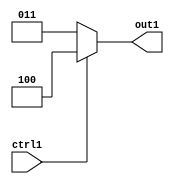
`timescale 1ps / 1ps
/*****************************************************************************
    Verilog RTL Description
    
    
    Created by: Stratus DpOpt 2019.1.01 
*******************************************************************************/

module dut_Muxn4i3u1_4 (
	ctrl1,
	out1
	); /* architecture "behavioural" */ 
input  ctrl1;
output [2:0] out1;
wire [2:0] asc001;

reg [2:0] asc001_tmp_0;
assign asc001 = asc001_tmp_0;
always @ (ctrl1) begin
	case (ctrl1)
		1'B1 : asc001_tmp_0 = 3'B100 ;
		default : asc001_tmp_0 = 3'B011 ;
	endcase
end

assign out1 = asc001;
endmodule

/* CADENCE  ubn3SQ4= : u9/ySgnWtBlWxVPRXgAZ4Og= ** DO NOT EDIT THIS LINE ******/